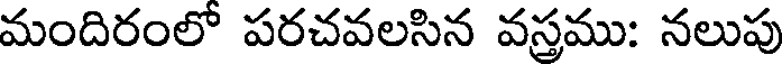
మందిరంలో పరచవలసిన వస్తము: నలుపు